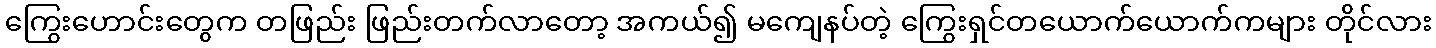
ကြွေးဟောင်းတွေက တဖြည်း ဖြည်းတက်လာတော့ အကယ်၍ မကျေနပ်တဲ့ ကြွေးရှင်တယောက်ယောက်ကများ တိုင်လား